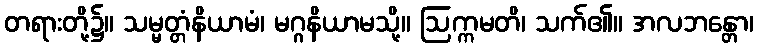
တရားတို့၌။ သမ္မတ္တံနိယာမံ၊ မဂ္ဂနိယာမသို့။ ဩက္ကမတိ၊ သက်၏။ အလဘန္တော၊